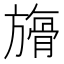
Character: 𣄘